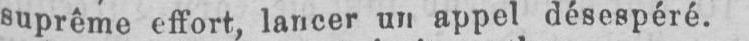
suprême effort, lancer un appel désespéré.